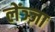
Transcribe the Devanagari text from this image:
लेंञ्ज़ा